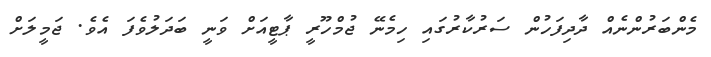
މެންބަރުންނެއް ދާދިފަހުން ސަރުކާރުގައި ހިމެނޭ ޖުމްހޫރީ ޕާޓީއަށް ވަނީ ބަދަލުވެފަ އެވެ. ޖަމީލަށް